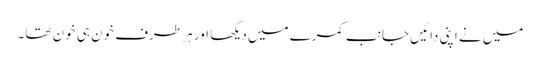
میں نے اپنی دائیں جانب کمرے میں دیکھا اور ہر طرف خون ہی خون تھا۔